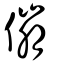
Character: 傰